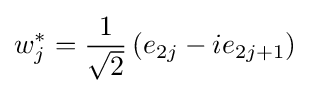
w_{j}^{*}={\frac {1}{\sqrt {2}}}\left(e_{2j}-ie_{2j+1}\right)